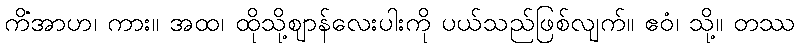
ကိံအာဟ၊ ကား။ အထ၊ ထိုသို့ဈာန်လေးပါးကို ပယ်သည်ဖြစ်လျက်။ ဧဝံ၊ သို့။ တဿ